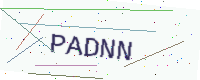
Text: PADNN